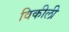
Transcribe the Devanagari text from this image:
विकीली